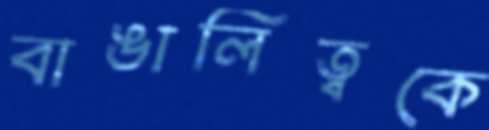
বাঙালিত্বকে